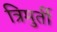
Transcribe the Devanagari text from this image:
त्रिमुर्ती